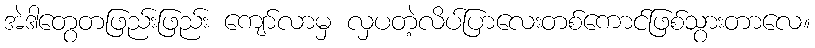
အဲဒါတွေတဖြည်းဖြည်း ကျော်လာမှ လှပတဲ့လိပ်ပြာလေးတစ်ကောင်ဖြစ်သွားတာလေ။